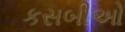
કસબીઓ